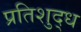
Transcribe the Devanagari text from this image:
प्रतिशुद्ध